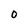
Character: O